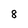
Character: 8